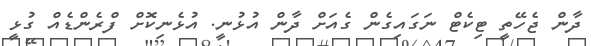
ދާން ޖެހޭތީ ޓިކެޓް ނަގައިގެން ގެއަށް ދާން އުޅުނީ. އުޅެނިކޮށް ފްރެންޑެއް ގުޅީ